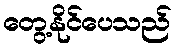
တွေ့နိုင်ပေသည်